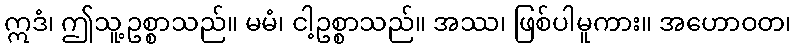
ဣဒံ၊ ဤသူ့ဥစ္စာသည်။ မမံ၊ ငါ့ဥစ္စာသည်။ အဿ၊ ဖြစ်ပါမူကား။ အဟောဝတ၊